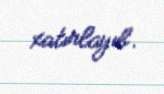
xatırlayıb.